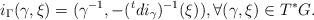
LaTeX: \begin{align*} i_\Gamma(\gamma,\xi) = (\gamma^{-1},-({}^tdi_{\gamma})^{-1}(\xi)),\forall (\gamma,\xi)\in T^*G.\end{align*}